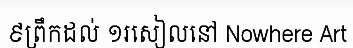
៩ព្រឹកដល់ ១រសៀលនៅ Nowhere Art